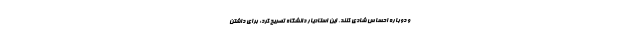
و دوباره احساس شادی کنند. این استادیار دانشگاه تصریح کرد: برای داشتن